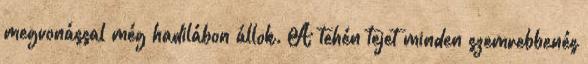
megvonással még hadilábon állok. A tehén tejet minden szemrebbenés